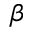
\beta